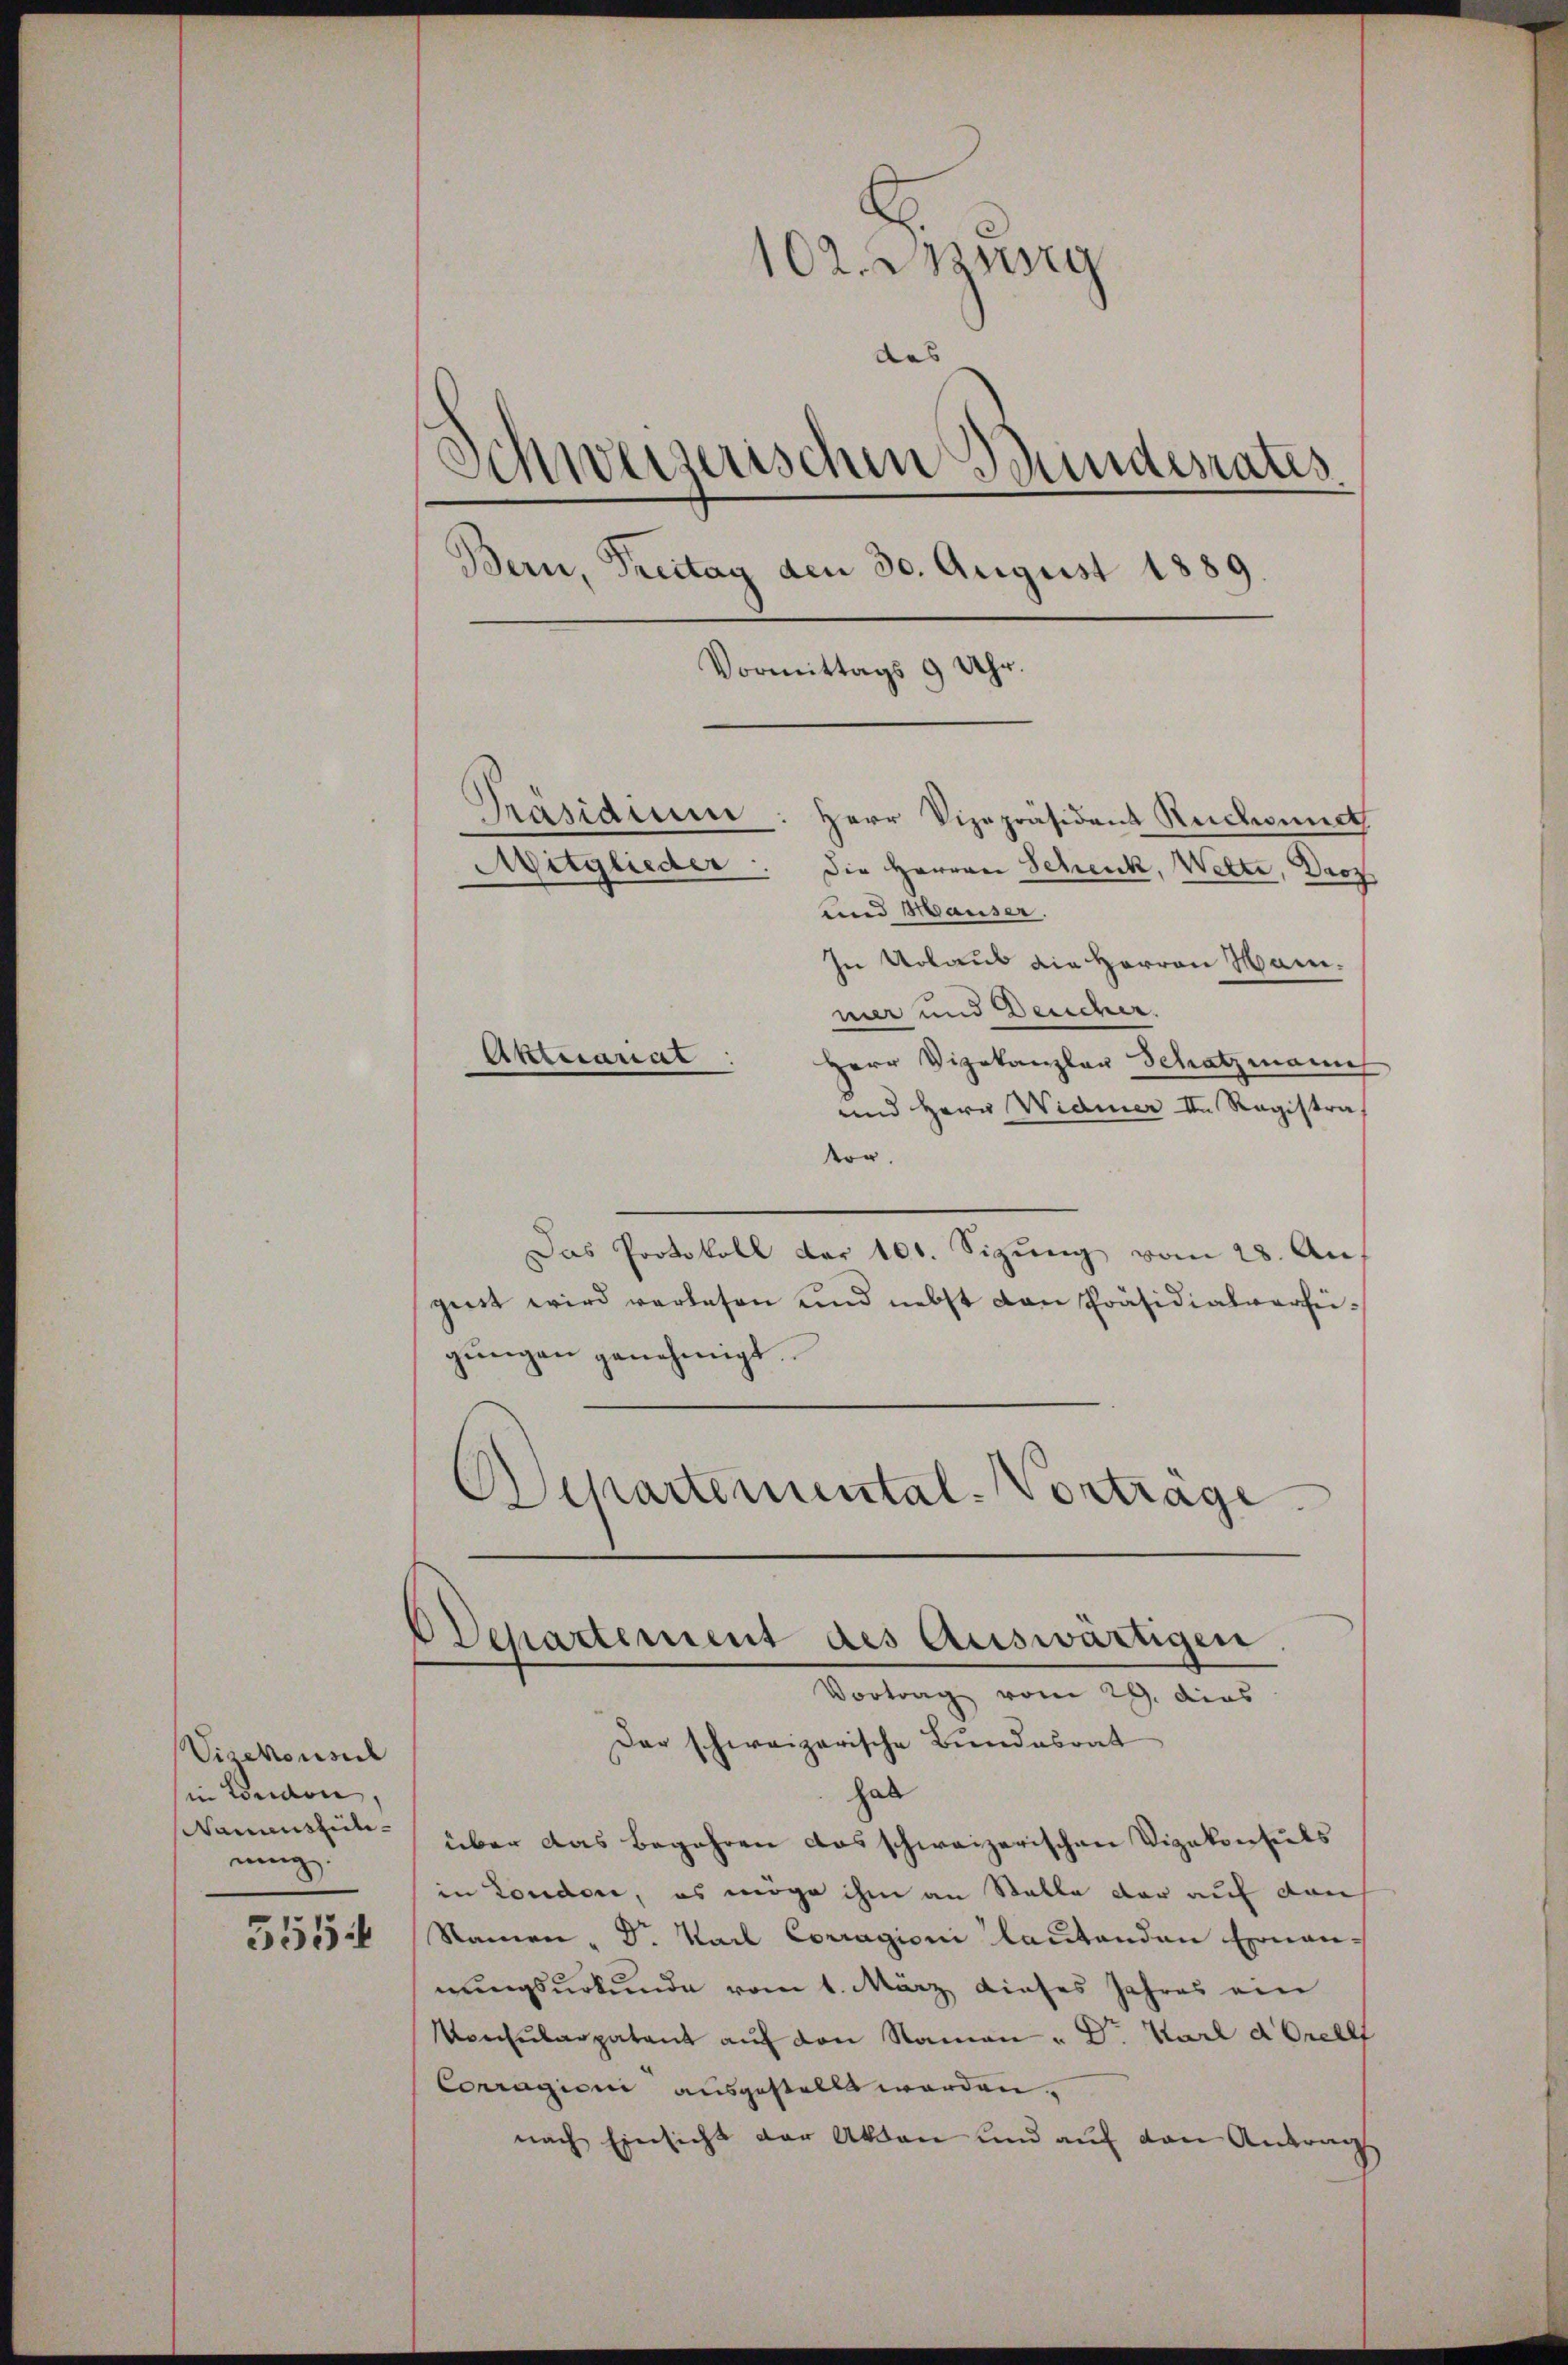
Vizekonsul
sin London,
Namensteile-
nung.
5554

102. Ausg
das
Schweizerischen Bundesrates
Bern, Freitag den 30. August 1889

Präsidium
Herr Vizepräsident Rechnet
Mitglieder
Die Herren Schenk, Wette, Droz
unnd Hauser.
In Urlaus die Herren Hanner und Deucher.
Herr Vizekanzler Schatzmann
und Herr Widmer II. Registra
Vor
Das Protokoll der 101. Sizung vom 28. Au
girt wird verlesen und nebst von Präsidialverheigŭngen genehmigt.
Schartemental-Vortrage
ODepartement des Auswärtigen.
Vortrag vom 29. dies
Der schweizerische Bundesrat
hab
über das Begehren das schweizerischen Vizekonsuls
in Londore, es möge ihm an Stalle der auf dan
Namen - Dr. Karl Corragioni lautenden Ernan-
nungsurkunde vom 1. März dieses Jahres ein
Vorcularpatent aŭf den Namen u D. Karl d’Oreell
Conragioni ausgestellt worden.
nach Einsicht der Akten und auf den Antrag

Aktuariat

Vormittags 9 Uhr.